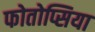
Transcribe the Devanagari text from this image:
फोतोप्सिया